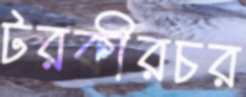
টরকীরচর